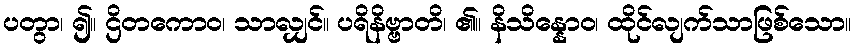
ပတွာ၊ ၍။ ဌိတကောဝ၊ သာလျှင်။ ပရိနိဗ္ဗာတိ၊ ၏။ နိသိန္နောဝ၊ ထိုင်လျက်သာဖြစ်သော။